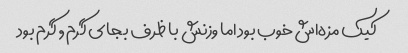
کیک مزه‌اش خوب بود اما وزنش با ظرف بجای گرم , گرم بود